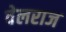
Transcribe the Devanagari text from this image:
वेलराज